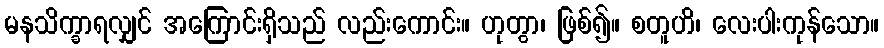
မနသိက္ခာရလျှင် အကြောင်းရှိသည် လည်းကောင်း။ ဟုတွာ၊ ဖြစ်၍။ စတူဟိ၊ လေးပါးကုန်သော။